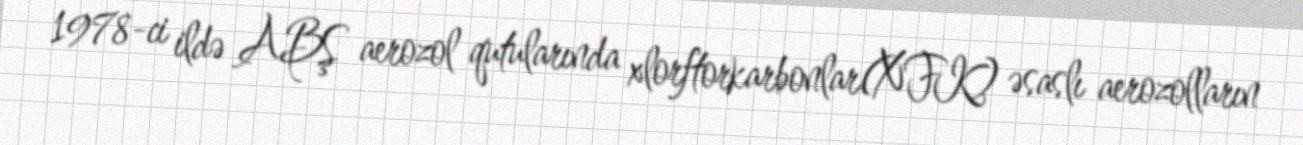
1978-ci ildə ABŞ aerozol qutularında xlorftorkarbonlar(XFK) əsaslı aerozolların